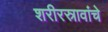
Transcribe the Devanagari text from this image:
शरीरस्रावांचे